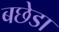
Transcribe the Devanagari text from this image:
बछेडा